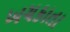
ખચકાતા